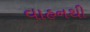
વાહનથી